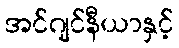
အင်ဂျင်နီယာနှင့်